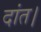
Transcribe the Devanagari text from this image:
दांत।